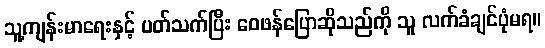
သူ့ကျန်းမာရေးနှင့် ပတ်သက်ပြီး ဝေဖန်ပြောဆိုသည်ကို သူ လက်ခံချင်ပုံမရ။